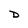
Character: D